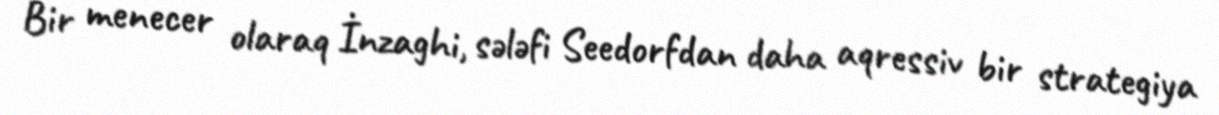
Bir menecer olaraq İnzaghi, sələfi Seedorfdan daha aqressiv bir strategiya